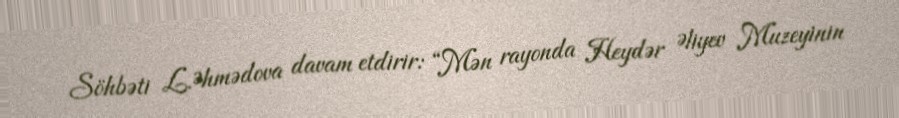
Söhbəti L.Əhmədova davam etdirir: “Mən rayonda Heydər Əliyev Muzeyinin